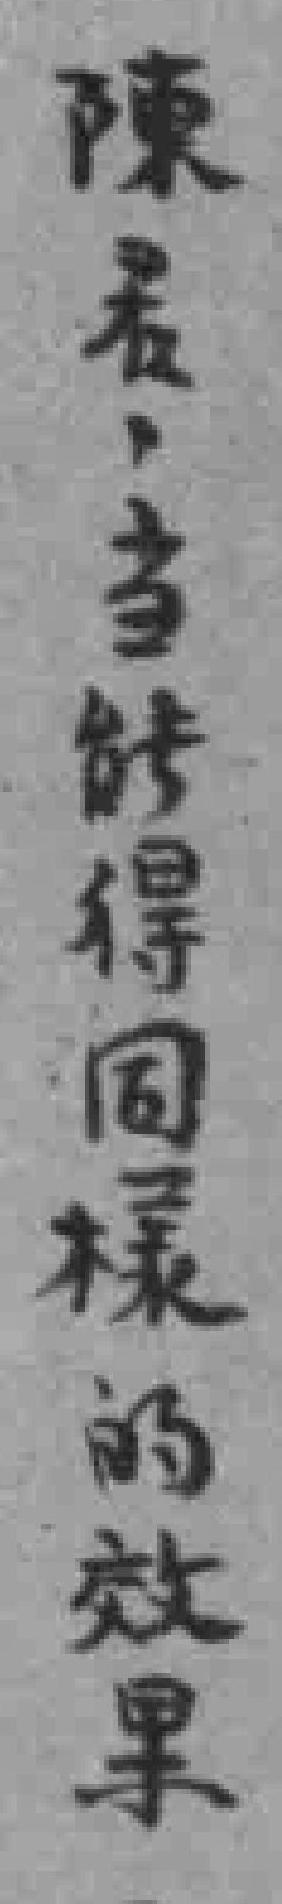
陳君，当能得同樣的效果